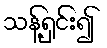
သန့်ရှင်း၍